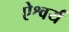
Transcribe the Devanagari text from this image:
ऐश्वर्यं